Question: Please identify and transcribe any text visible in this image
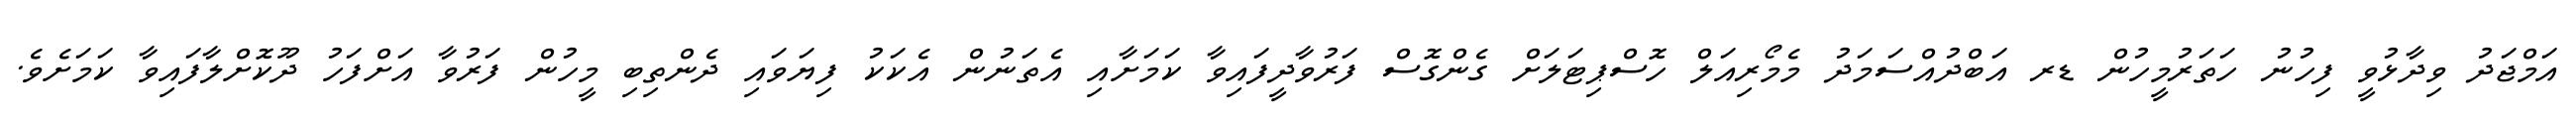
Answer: އަމްޖަދު ވިދާޅުވީ ފިހުނު ހަތަރުމީހުން ޑރ އަބްދުއްސަމަދު މެމޯރިއަލް ހޮސްޕިޓަލަށް ގެންގޮސް ފަރުވާދީފައިވާ ކަމަށާއި އެތަނުން އެކަކު ފިޔަވައި ދެންތިބި މީހުން ފަރުވާ އަށްފަހު ދޫކޮށްލާފައިވާ ކަމަށެވެ.